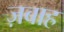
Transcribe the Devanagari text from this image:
ज़बाह